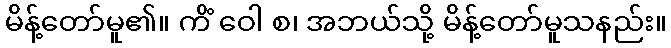
မိန့်တော်မူ၏။ ကိံ ဝေါ စ၊ အဘယ်သို့ မိန့်တော်မူသနည်း။